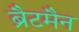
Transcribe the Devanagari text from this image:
ब्रैटमैन